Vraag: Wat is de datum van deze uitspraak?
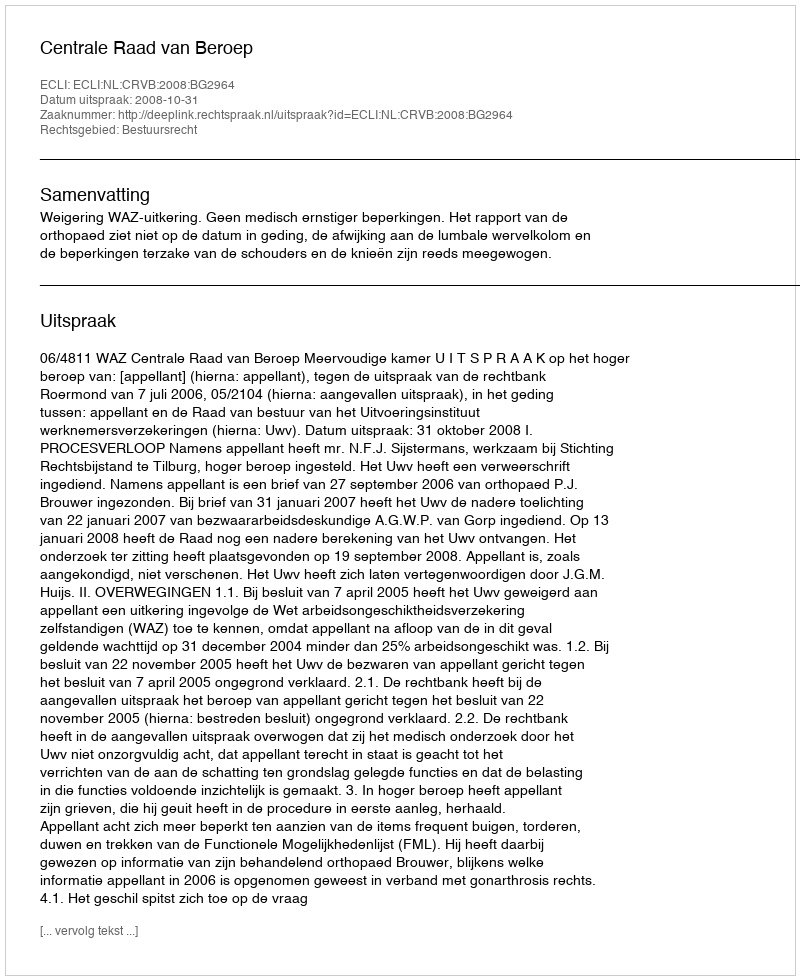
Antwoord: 2008-10-31